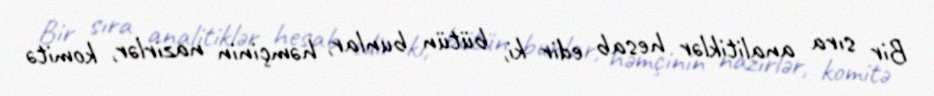
Bir sıra analitiklər hesab edir ki, bütün bunlar, həmçinin nazirlər, komitə